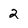
Character: 2